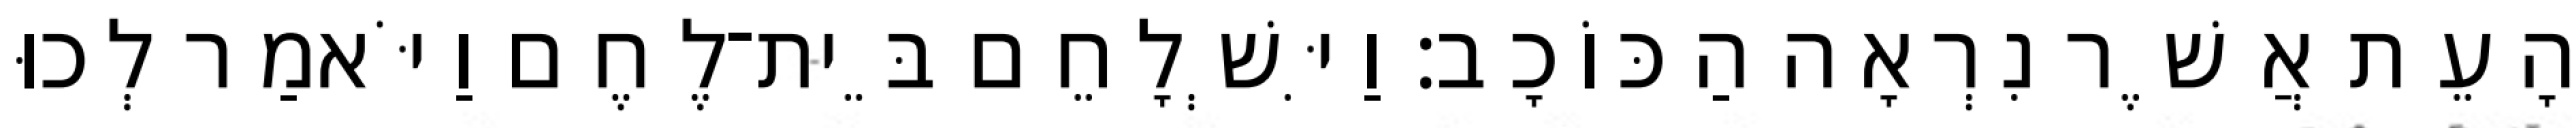
הָעֵת אֲשֶׁר נִרְאָה הַכּוֹכָב׃ וַיִּשְׁלָחֵם בֵּית־לֶחֶם וַיֹּאמַר לְכוּ